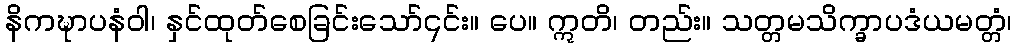
နိကဍ္ဎာပနံဝါ၊ နှင်ထုတ်စေခြင်းသော်၎င်း။ ပေ။ ဣတိ၊ တည်း။ သတ္တမသိက္ခာပဒံယမတ္တံ၊